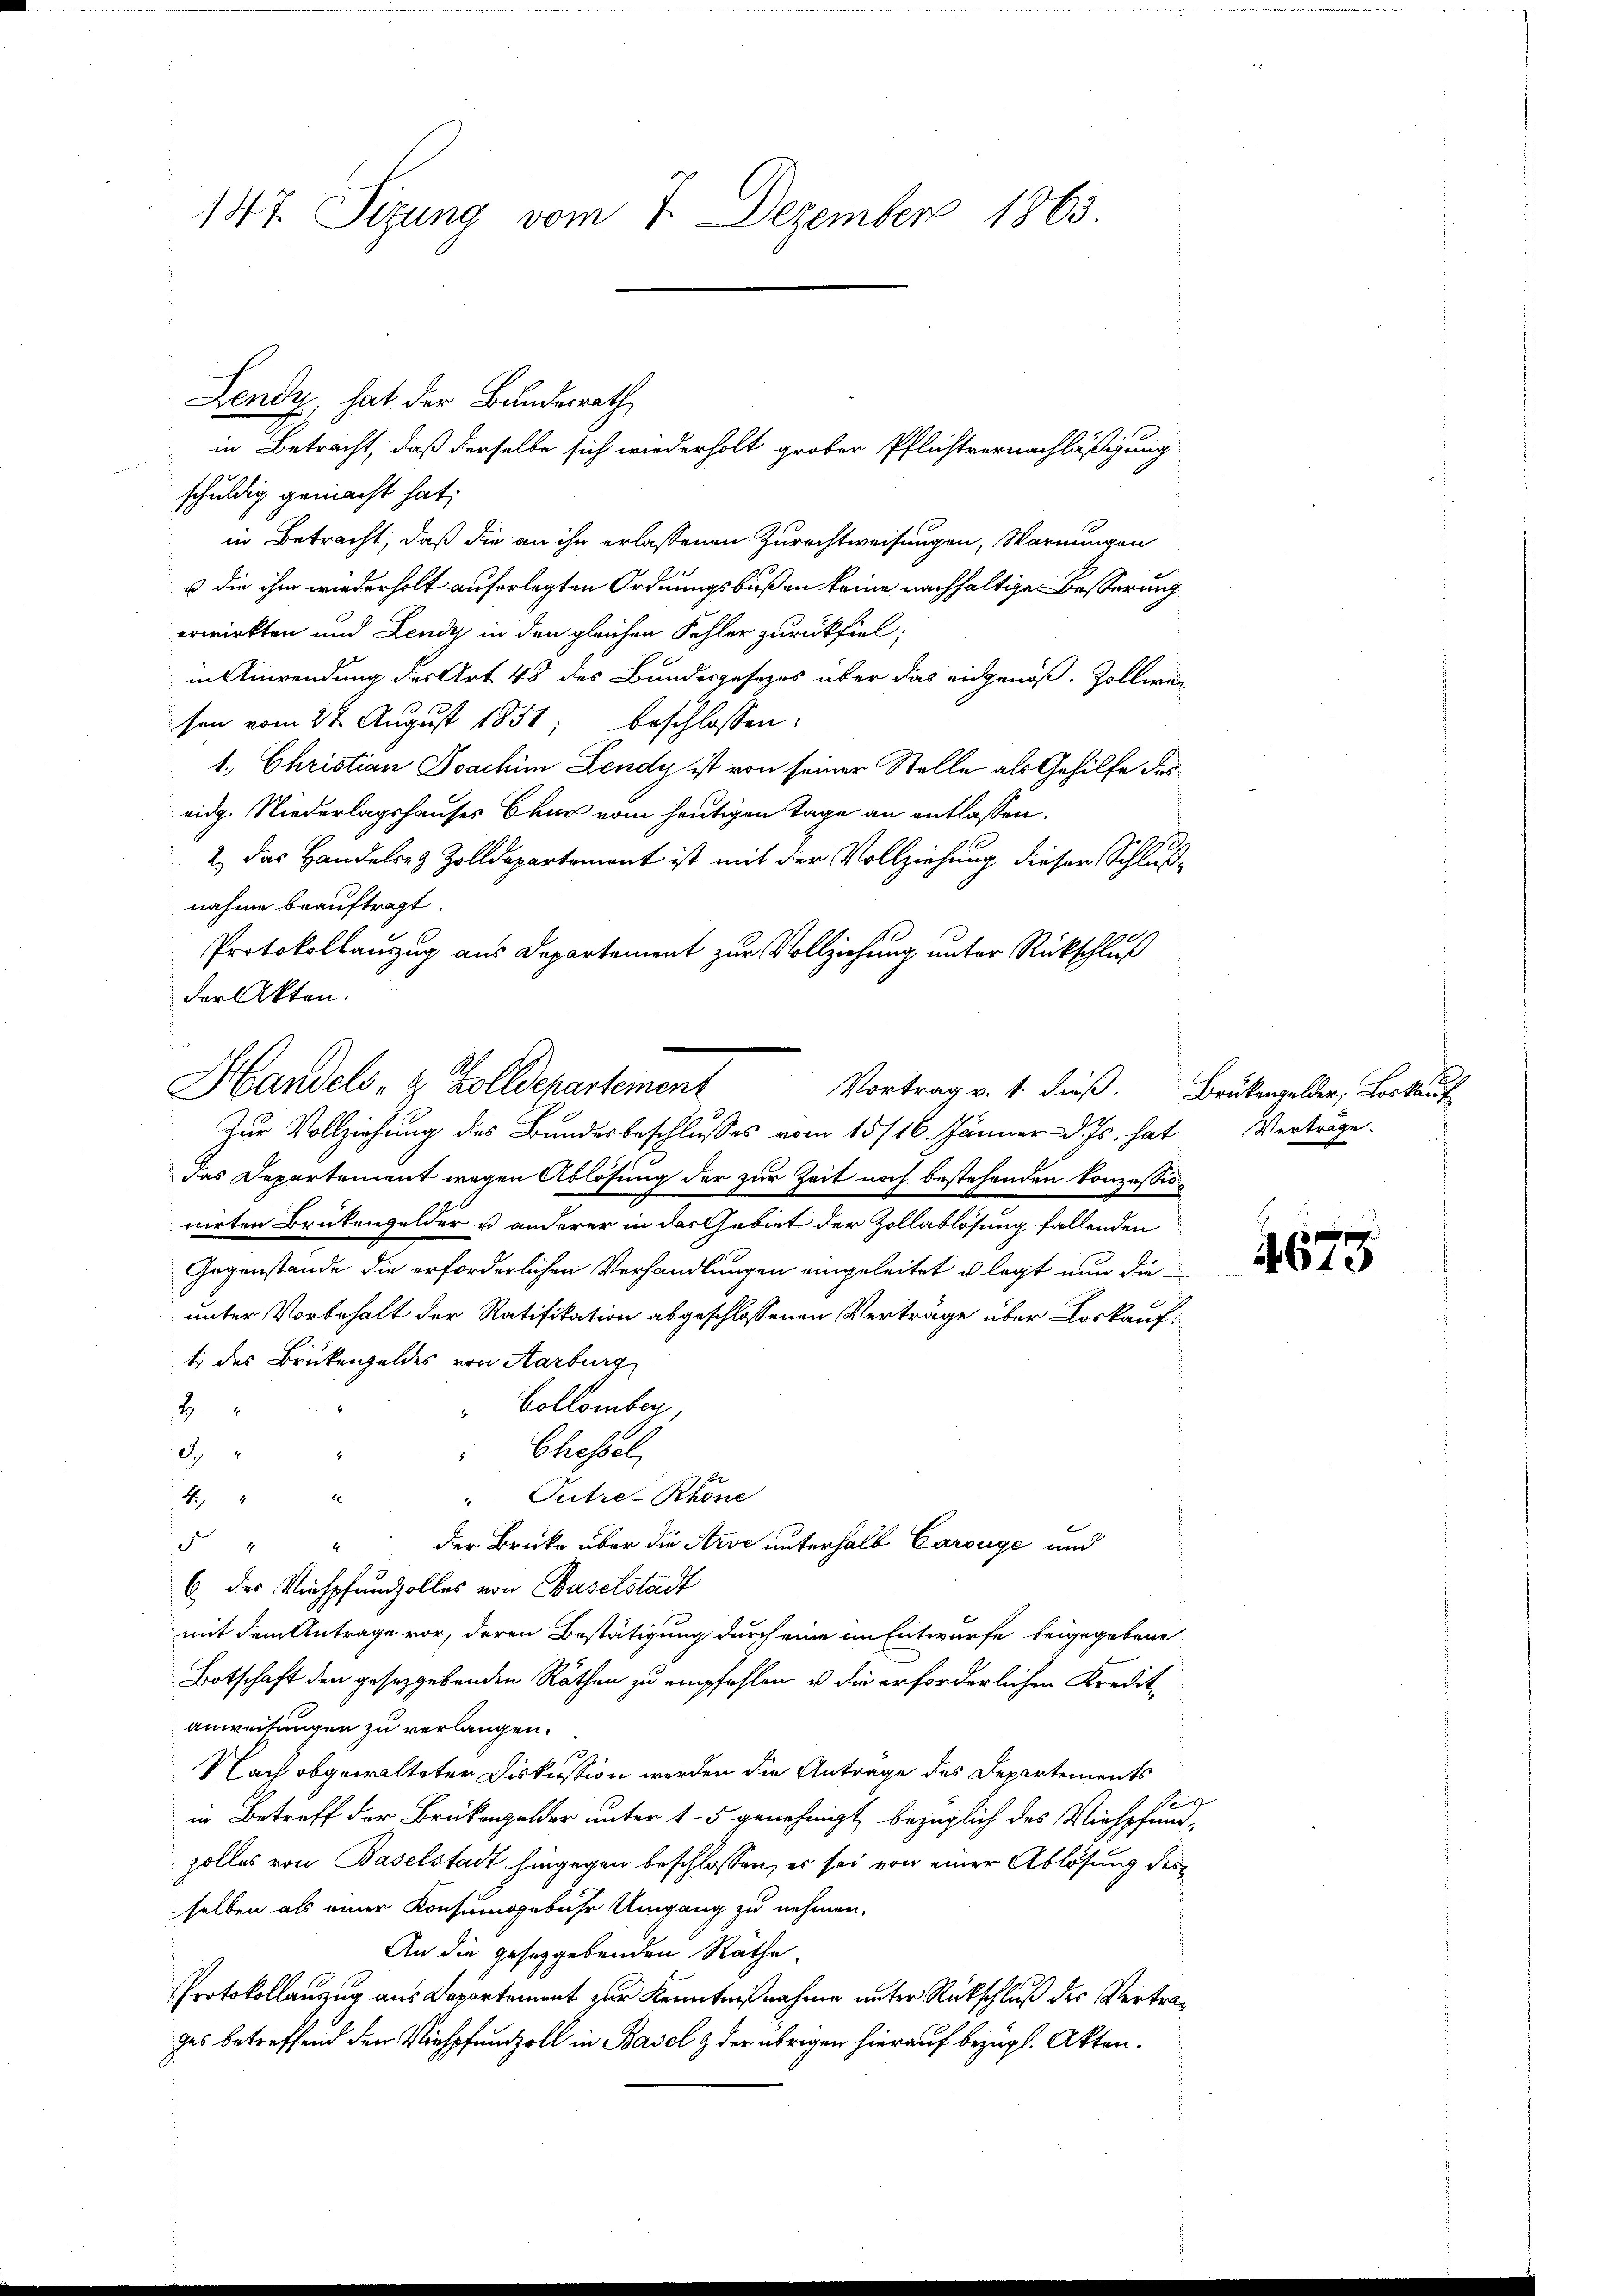
147. Sizung vom 7. Dezember 1863

Lendy, hat der Bundesrath
in Betracht, daß derselbe sich wiederholt grober Pflichtvernachläßigung
schuldig gemacht hat;
in Betracht, daß die an ihn erlassenen Zurechtweisungen, Warnungen
ß die ihm wiederholt auferlegten Ordnungsbußen keine nachhaltige Besserung
erwirkten und Lendy in den gleichen Fehler zurückfiel,
in Anwendung des Art. 48 des Bundesgesezes über das eidgenöß. Zollwen
sen vom 24. August 1851; beschlossen:
1. Christian Joachim Lendy ist von seiner Stelle als Gehilfe des
eidg. Niederlagshauses Chur vom heutigen Tage an entlassen.
2.) Das Handelsez Zolldepartement ist mit der Vollziehung dieser Schlußnahme beauftragt.
290
Protokollauszug aus Departement zur Vollziehung unter Rückschluß
der Akten.
Zur Vollziehung des Bundesbeschlusses vom 15/16. Jänner d. Js. hat
das Departement wegen Ablösung der zur Zeit noch bestehenden konzessionirten Brükengelder u anderer in das Gebiet der Zollablösung fallenden
Gegenstände die erforderlichen Verhandlungen eingeleitet u legt nun dieunter Vorbehalt der Ratifikation abgeschlossenen Vertrage über Loskauf
ti des Brückengeldes von Aarburg
 Collomber
4
Chessel
d.
8
x
Putre-Rhone
4
der Brücke über die Arve unterhalb Carouge und
5
d
6 des Viehpfundzolles von Baselstadt
mit dem Antrage vor, deren Bestätigung durch eine in Entwurfe beigegebene
Botschaft den gesetzgebenden Räthen zu empfehlen u. die erforderlichen Kreditanweitungen zu verlangen.
Nach obgewalteter Diskussion werden die Antrage des Departements
Sei
in Betreff der Brükengelder unter 15 genehmigt, bezüglich des Viehpfundzolles von Baselstadt hingegen beschlossen, er sei von einer Ablösung des
selben als einer Konsumsgebühr Umgang zu nehmen.
An die gesetzgebenden Räthe
Protokollauszug aus Departement zur Kenntnißnahme unter Rückschluß des Vertrages betreffend den Viehpfundzoll in Basel & der übrigen hierauf bezügl. Akten.

Handels, z. Zolldepartement
Vortrag v. 1. dieß. Brükengelder, Loskauf

Verträge.

675